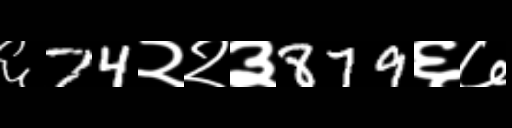
Text: ६74२२३879६७